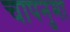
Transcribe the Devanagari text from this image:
चापनुमा